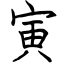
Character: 寅